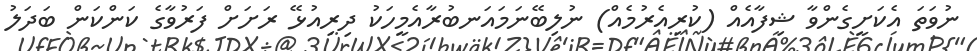
ނުވަތަ އެކަށީގެންވާ ޝިފާއެއް (ކުރިއެރުމެއް) ނުލިބޭނަމައަނބުރާއެމީހަކު ދިރިއުޅޭ ރަށަށް ފަރުވާގެ ކަންކަން ބަދަލު